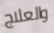
والعلاج